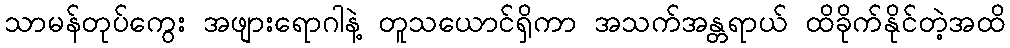
သာမန်တုပ်ကွေး အဖျားရောဂါနဲ့ တူသယောင်ရှိကာ အသက်အန္တရာယ် ထိခိုက်နိုင်တဲ့အထိ